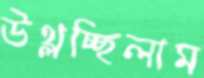
উথ্‌লচ্ছিলাম